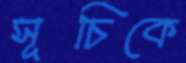
সূচিকে